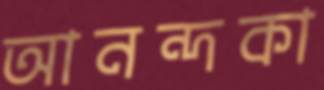
আনন্দকা